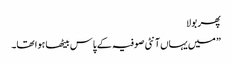
پھر بولا
” میں یہاں آنٹی صوفیہ کے پاس بیٹھا ہوا تھا۔